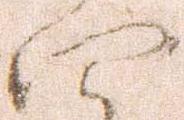
四